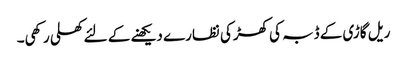
ریل گاڑی کے ڈبہ کی کھڑکی نظارے دیکھنے کے لئے کھلی رکھی۔